Annual report of the Camel Specialist
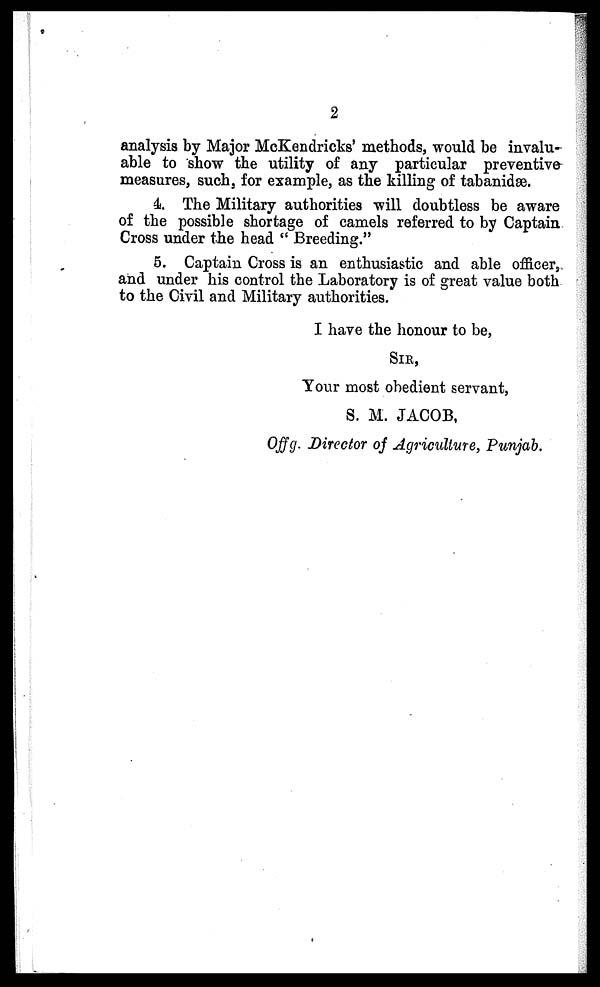
2
analysis by Major McKendricks' methods, would be invalu-
able to show the utility of any particular preventive
measures, such, for example, as the killing of tabanidæ.
4. The Military authorities will doubtless be aware
of the possible shortage of camels referred to by Captain
Cross under the head " Breeding."
5. Captain Cross is an enthusiastic and able officer,
and under his control the Laboratory is of great value both
to the Civil and Military authorities.
I have the honour to be,
SIR,
Your most obedient servant,
S. M. JACOB,
Offg. Director of Agriculture, Punjab.